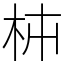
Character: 枾